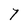
Character: 7